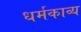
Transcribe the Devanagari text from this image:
धर्मकाव्य